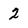
Character: 2